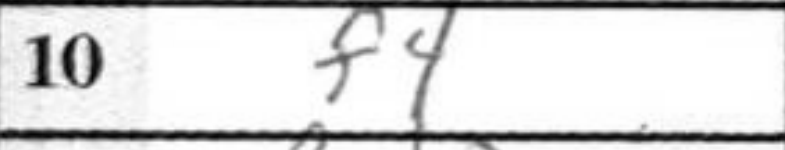
Transcription: f4